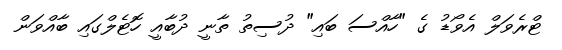
ޓްރެވަލް އެވޯޑު ގެ "ހާއްސަ ބައި" ދުސިތު ތާނީ ދުބާއީ ހޮޓެލްގައި ބާއްވަން